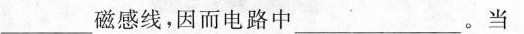
___磁感线，因而电路中。当